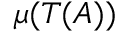
\mu ( T ( A ) )